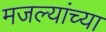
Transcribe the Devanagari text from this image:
मजल्यांच्या